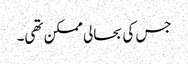
جس کی بحالی ممکن تھی۔